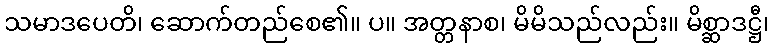
သမာဒပေတိ၊ ဆောက်တည်စေ၏။ ပ။ အတ္တနာစ၊ မိမိသည်လည်း။ မိစ္ဆာဒဋ္ဌီ၊